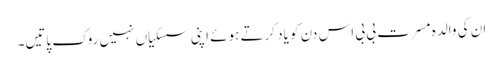
ان کی والدہ مسرت بی بی اس دن کو یاد کرتے ہوئے اپنی سسکیاں نہیں روک پاتیں۔